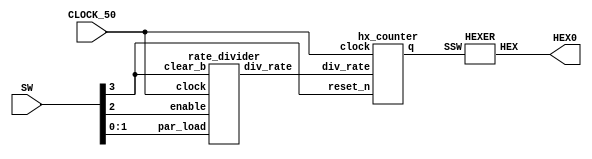
module part2(SW, HEX0, CLOCK_50);
    input [3:0] SW;
	 input CLOCK_50; 
	 output [6:0] HEX0;
	 wire enable;
	 wire clear_b;
	 wire clock;
	 wire [1:0] par_load;
	 wire [27:0] rate;
	 wire [3:0] value;
	 assign clock = CLOCK_50;
	 assign clear_b = SW[3];
	 assign enable = SW[2];
	 assign par_load[1] = SW[1];
	 assign par_load[0] = SW[0];
	 
	 rate_divider rd0(
	       .div_rate(rate),
			 .clock(clock),
			 .clear_b(clear_b),
			 .enable(enable),
			 .par_load(par_load)
			 );
	hx_counter hc0(
	       .q(value),
			 .div_rate(rate),
			 .clock(clock),
			 .reset_n(clear_b)
			 );
	 
	HEXER H0(
        .SSW(value),
        .HEX(HEX0[6:0])
        );
endmodule
	 
module rate_divider(div_rate, clock, clear_b, enable, par_load);
    output reg [27:0] div_rate;
    input clock;
    input clear_b;
	 input enable;
    input [1:0] par_load;
	 reg [27:0] upper;

	 always @(*)
	 begin
	     case (par_load[1:0])
		      2'b00: upper = 28'b0000000000000000000000000001;
				2'b01: upper = 28'b0010111110101111000010000000;
				2'b10: upper = 28'b0101111101011110000100000000;
				2'b11: upper = 28'b1011111010111100001000000000;
				default: upper = 28'b0010111110101111000010000000;
		  endcase
	 end 

    always @(posedge clock)
	 begin
	     if (clear_b == 1'b0)
		      div_rate <= upper;
        else if (enable == 1'b1)
		     begin
			     if (div_rate == 28'b0000000000000000000000000000)
			        div_rate <= upper;
			     else
				     div_rate <= div_rate - 1'd1;
           end
	 end
endmodule
	 
module hx_counter(q, div_rate, clock, reset_n);
	 //output q;
	 //wire [3:0] d;
	 input [27:0] div_rate;
    input clock;
    input reset_n;
    //wire par_load, enable;
    output reg [3:0]q;
	 assign enable = (div_rate == 28'b0000000000000000000000000001) ? 1 : 0;
	 
    always @(posedge clock)
	 begin
	     if (reset_n == 1'b0)
		      q <= 4'b0000;
        else if (enable == 1'b1)
		     begin
			     if ( q == 4'b1111)
			        q <= 4'b0000;
			     else
				     q <= q + 1'b1;
           end
	 end 
endmodule
		  
module HEXER(HEX, SSW);
    input [3:0] SSW;
    output [6:0] HEX;
	 
	 assign HEX[0] = (~SSW[3] & ~SSW[2] & ~SSW[1] & SSW[0]) | (~SSW[3] & SSW[2] & ~SSW[1] & ~SSW[0]) | (SSW[3] & ~SSW[2] & SSW[1] & SSW[0]) | (SSW[3] & SSW[2] & ~SSW[1] & SSW[0]);
	 assign HEX[1] = (SSW[3] & SSW[2] & ~SSW[0]) | (SSW[3] & SSW[1] & SSW[0]) | (SSW[2] & SSW[1] & ~SSW[0]) | (~SSW[3] & SSW[2] & ~SSW[1] & SSW[0]);
	 assign HEX[2] = (SSW[3] & SSW[2] & ~SSW[0]) | (SSW[3] & SSW[2] & SSW[1]) | (~SSW[3] & ~SSW[2] & SSW[1] & ~SSW[0]);
	 assign HEX[3] = (~SSW[3] & SSW[2] & ~SSW[1] & ~SSW[0]) | (~SSW[3] & ~SSW[2] & ~SSW[1] & SSW[0]) | (SSW[2] & SSW[1] & SSW[0]) | (SSW[3] & ~SSW[2] & SSW[1] & ~SSW[0]);
	 assign HEX[4] = (~SSW[3] & SSW[0]) | (~SSW[3] & SSW[2] & ~SSW[1]) | (~SSW[2] & ~SSW[1] & SSW[0]);
	 assign HEX[5] = (SSW[3] & SSW[2] & ~SSW[1] & SSW[0]) | (~SSW[3] & ~SSW[2] & SSW[0]) | (~SSW[3] & ~SSW[2] & SSW[1]) | (~SSW[3] & SSW[1] & SSW[0]);
	 assign HEX[6] = (~SSW[3] & ~SSW[2] & ~SSW[1]) | (~SSW[3] & SSW[2] & SSW[1] & SSW[0]) | (SSW[3] & SSW[2] & ~SSW[1] & ~SSW[0]);
	 
endmodule